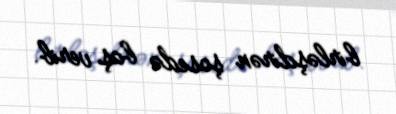
birləşdirən şosedə baş verib.